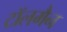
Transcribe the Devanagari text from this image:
टॉलमैन